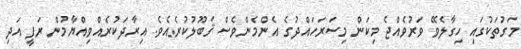
މަގުތަކުގައި ހިގާލެވޭ ވަރުވެއްޖެ މިކަން މިސަރަހައްދުގެ އެންމެންވެސް ޤަބޫލުކުރެއެވެ. އިރާދަކުރެއްވިއްޔާމުން ރަފީ އަދި